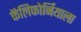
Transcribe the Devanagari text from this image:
कॅलिफोर्नियाला